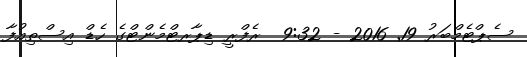
ސެޕްޓެމްބަރު 19